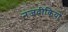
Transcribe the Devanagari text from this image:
नजदीकियों